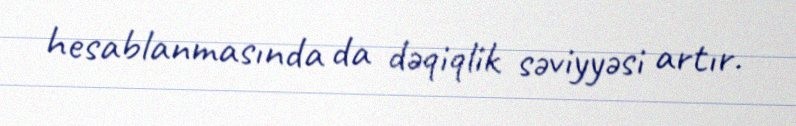
hesablanmasında da dəqiqlik səviyyəsi artır.